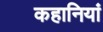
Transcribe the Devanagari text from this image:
कहानियां